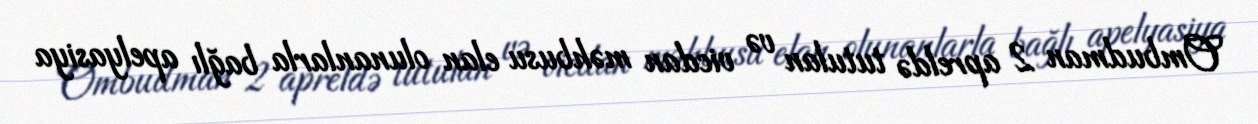
Ombudman 2 apreldə tutulan və vicdan məhbusu elan olunanlarla bağlı apelyasiya